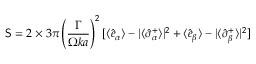
{ \sf S } = 2 \times 3 \pi \left( \frac { \Gamma } { \Omega k a } \right) ^ { 2 } [ \langle \hat { e } _ { \alpha } \rangle - | \langle \hat { \sigma } _ { \alpha } ^ { + } \rangle | ^ { 2 } + \langle \hat { e } _ { \beta } \rangle - | \langle \hat { \sigma } _ { \beta } ^ { + } \rangle | ^ { 2 } ]